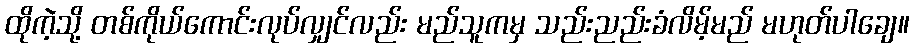
ထိုကဲ့သို့ တစ်ကိုယ်ကောင်းလုပ်လျှင်လည်း မည်သူကမှ သည်းညည်းခံလိမ့်မည် မဟုတ်ပါချေ။